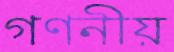
গণনীয়